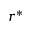
r ^ { * }